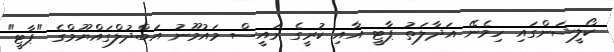
ކޯލީޝަންގައި ހިމެނޭ އަދާލަތު ޕާޓީ އާއި ކުރީގެ ރައީސް މައުމޫނު އަބްދުލްގައްޔޫމްގެ "ޕާޓީ"